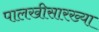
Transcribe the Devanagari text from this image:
पालखीसारख्या